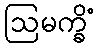
ဩမက္ခိံ